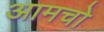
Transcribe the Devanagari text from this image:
आमचो